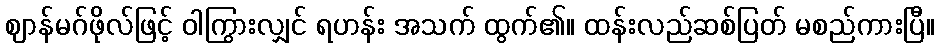
ဈာန်မဂ်ဖိုလ်ဖြင့် ဝါကြွားလျှင် ရဟန်း အသက် ထွက်၏။ ထန်းလည်ဆစ်ပြတ် မစည်ကားပြီ။